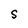
Character: S